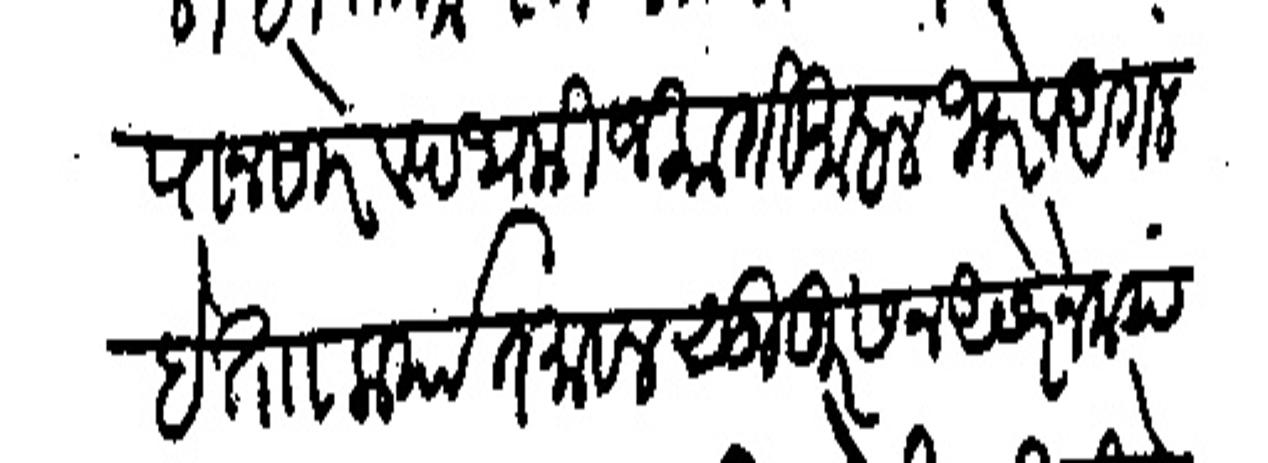
Transliteration (Devanagari): पानसरे व पथकी जकाती माहाल भोर व अगलबे ता कर्यात मावल सुहूर सन असरेन मया